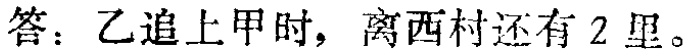
答：乙追上甲时，离西村还有 2 里。